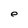
Character: e